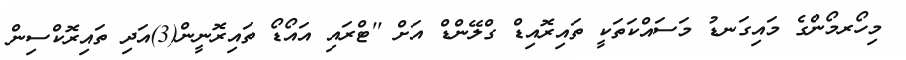
މިހޯރމޯންގެ މައިގަނޑު މަސައްކަތަކީ ތައިރޮއިޑް ގްލޭންޑް އަށް ''ޓްރައި އައޯޑޯ ތައިރޮނީން(3)އަދި ތައިރޮކްސިން